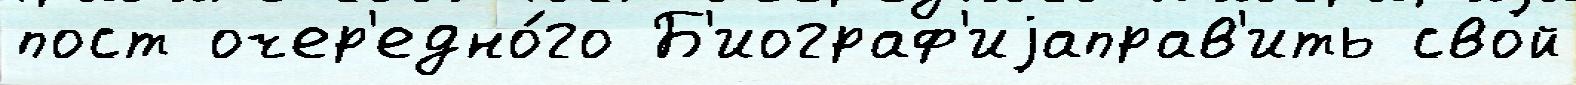
пост очер'едно́го Б'иограф'иjаправ'ить свой